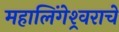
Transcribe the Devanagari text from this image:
महालिंगेश्र्वराचे